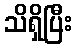
သိရှိပြီး